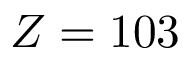
Z = 1 0 3